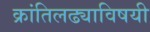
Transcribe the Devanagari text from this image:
क्रांतिलढ्याविषयी